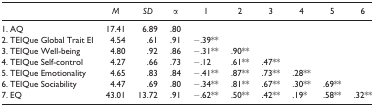
<table><thead><tr><td></td><td><b><i>M</i></b></td><td><b><i>SD</i></b></td><td><b>α</b></td><td><b>1</b></td><td><b>2</b></td><td><b>3</b></td><td><b>4</b></td><td><b>5</b></td><td><b>6</b></td></tr></thead><tbody><tr><td>1. AQ</td><td>17.41</td><td>6.89</td><td>.80</td><td></td><td></td><td></td><td></td><td></td><td></td></tr><tr><td>2. TEIQue Global Trait EI</td><td>4.54</td><td>.61</td><td>.91</td><td>−.39**</td><td></td><td></td><td></td><td></td><td></td></tr><tr><td>3. TEIQue Well-being</td><td>4.80</td><td>.92</td><td>.86</td><td>−.31**</td><td>.90**</td><td></td><td></td><td></td><td></td></tr><tr><td>4. TEIQue Self-control</td><td>4.27</td><td>.66</td><td>.73</td><td>−.12</td><td>.61**</td><td>.47**</td><td></td><td></td><td></td></tr><tr><td>5. TEIQue Emotionality</td><td>4.65</td><td>.83</td><td>.84</td><td>−.41**</td><td>.87**</td><td>.73**</td><td>.28**</td><td></td><td></td></tr><tr><td>6. TEIQue Sociability</td><td>4.47</td><td>.69</td><td>.80</td><td>−.34**</td><td>.81**</td><td>.67**</td><td>.30**</td><td>.69**</td><td></td></tr><tr><td>7. EQ</td><td>43.01</td><td>13.72</td><td>.91</td><td>−.62**</td><td>.50**</td><td>.42**</td><td>.19*</td><td>.58**</td><td>.32**</td></tr></tbody></table>